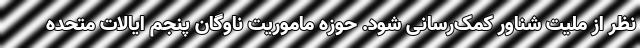
نظر از ملیت شناور کمک‌رسانی شود. حوزه ماموریت ناوگان پنجم ایالات متحده